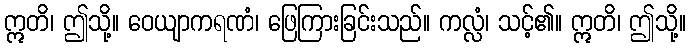
ဣတိ၊ ဤသို့။ ဝေယျာကရဏံ၊ ဖြေကြားခြင်းသည်။ ကလ္လံ၊ သင့်၏။ ဣတိ၊ ဤသို့။